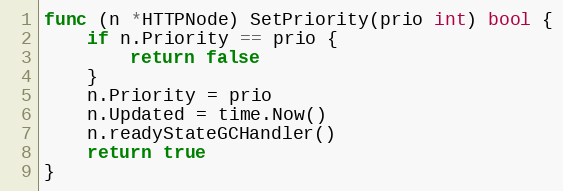
Language: Go
func (n *HTTPNode) SetPriority(prio int) bool {
	if n.Priority == prio {
		return false
	}
	n.Priority = prio
	n.Updated = time.Now()
	n.readyStateGCHandler()
	return true
}